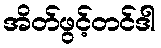
အိတ်ဖွင့်တင်ဒါ